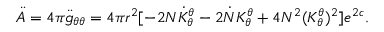
\ddot { A } = 4 \pi \ddot { g } _ { \theta \theta } = 4 \pi r ^ { 2 } [ - 2 N \dot { K } _ { \theta } ^ { \theta } - 2 \dot { N } { K } _ { \theta } ^ { \theta } + 4 N ^ { 2 } ( { K } _ { \theta } ^ { \theta } ) ^ { 2 } ] e ^ { 2 c } .